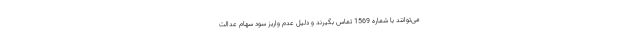
می‌توانند با شماره 1569 تماس بگیرند و دلیل عدم واریز سود سهام عدالت